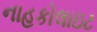
નાહકોલાઇટ